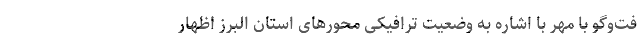
فت‌وگو با مهر با اشاره به وضعیت ترافیکی محورهای استان البرز اظهار